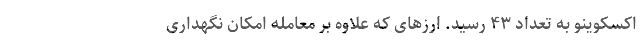
اکسکوینو به تعداد ۴۳ رسید. ارزهای که علاوه بر معامله امکان نگهداری